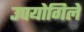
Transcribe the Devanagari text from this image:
उपयोगिले